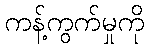
ကန့်ကွက်မှုကို